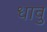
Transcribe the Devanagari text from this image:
धावु